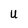
Character: U